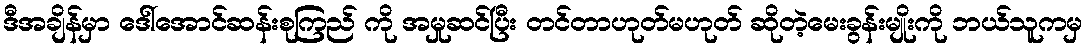
ဒီအချိန်မှာ ဒေါ်အောင်ဆန်းစုကြည် ကို အမှုဆင်ပြီး တင်တာဟုတ်မဟုတ် ဆိုတဲ့မေးခွန်းမျိုးကို ဘယ်သူကမှ